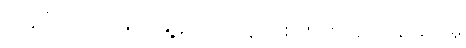
အပူခံပြားကို မြိတ်မြို့နယ်အတွင်း စကားပြန် ထိန်းချူပ်မှု